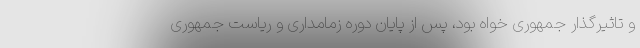
و تاثیرگذار جمهوری خواه بود، پس از پایان دوره زمامداری و ریاست جمهوری